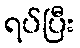
ရပ်ပြီး